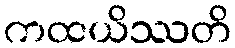
ကထယိဿတိ